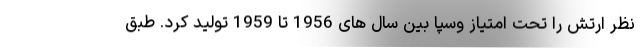
نظر ارتش را تحت امتیاز وسپا بین سال های 1956 تا 1959 تولید کرد. طبق